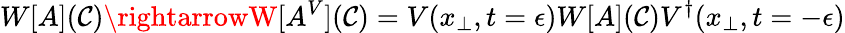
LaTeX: W[A](\mathcal{C})\rightarrowW[A^{V}](\mathcal{C})=V(x_{\perp},t=\epsilon)W[A](\mathcal{C})V^{\dagger}(x_{\perp},t=-\epsilon)